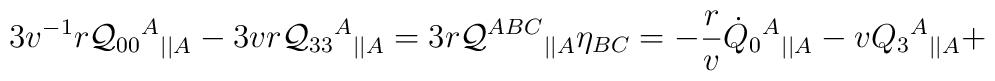
3v^{-1}r{\cal Q}_{00}{^A}{_{||A}}-3vr {\cal Q}_{33}{^A}{_{||A}} =3r{\cal Q}^{ABC}{_{||A}}\eta_{BC}= -\frac rv \dot{Q}_{0}{^A}{_{||A}}  - v Q_{3}{^A}{_{||A}} +